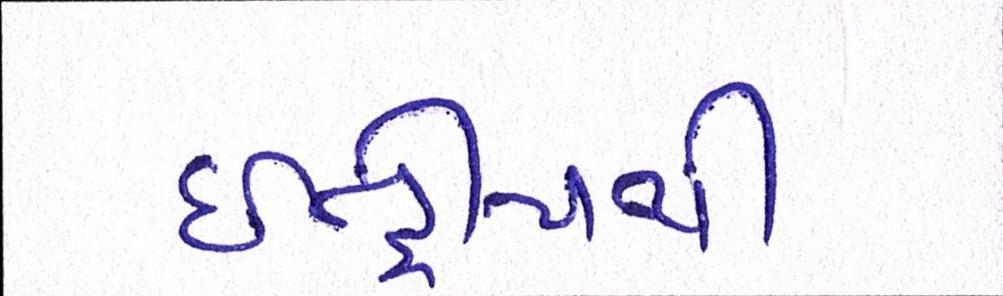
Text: ઇન્દ્રીયથી